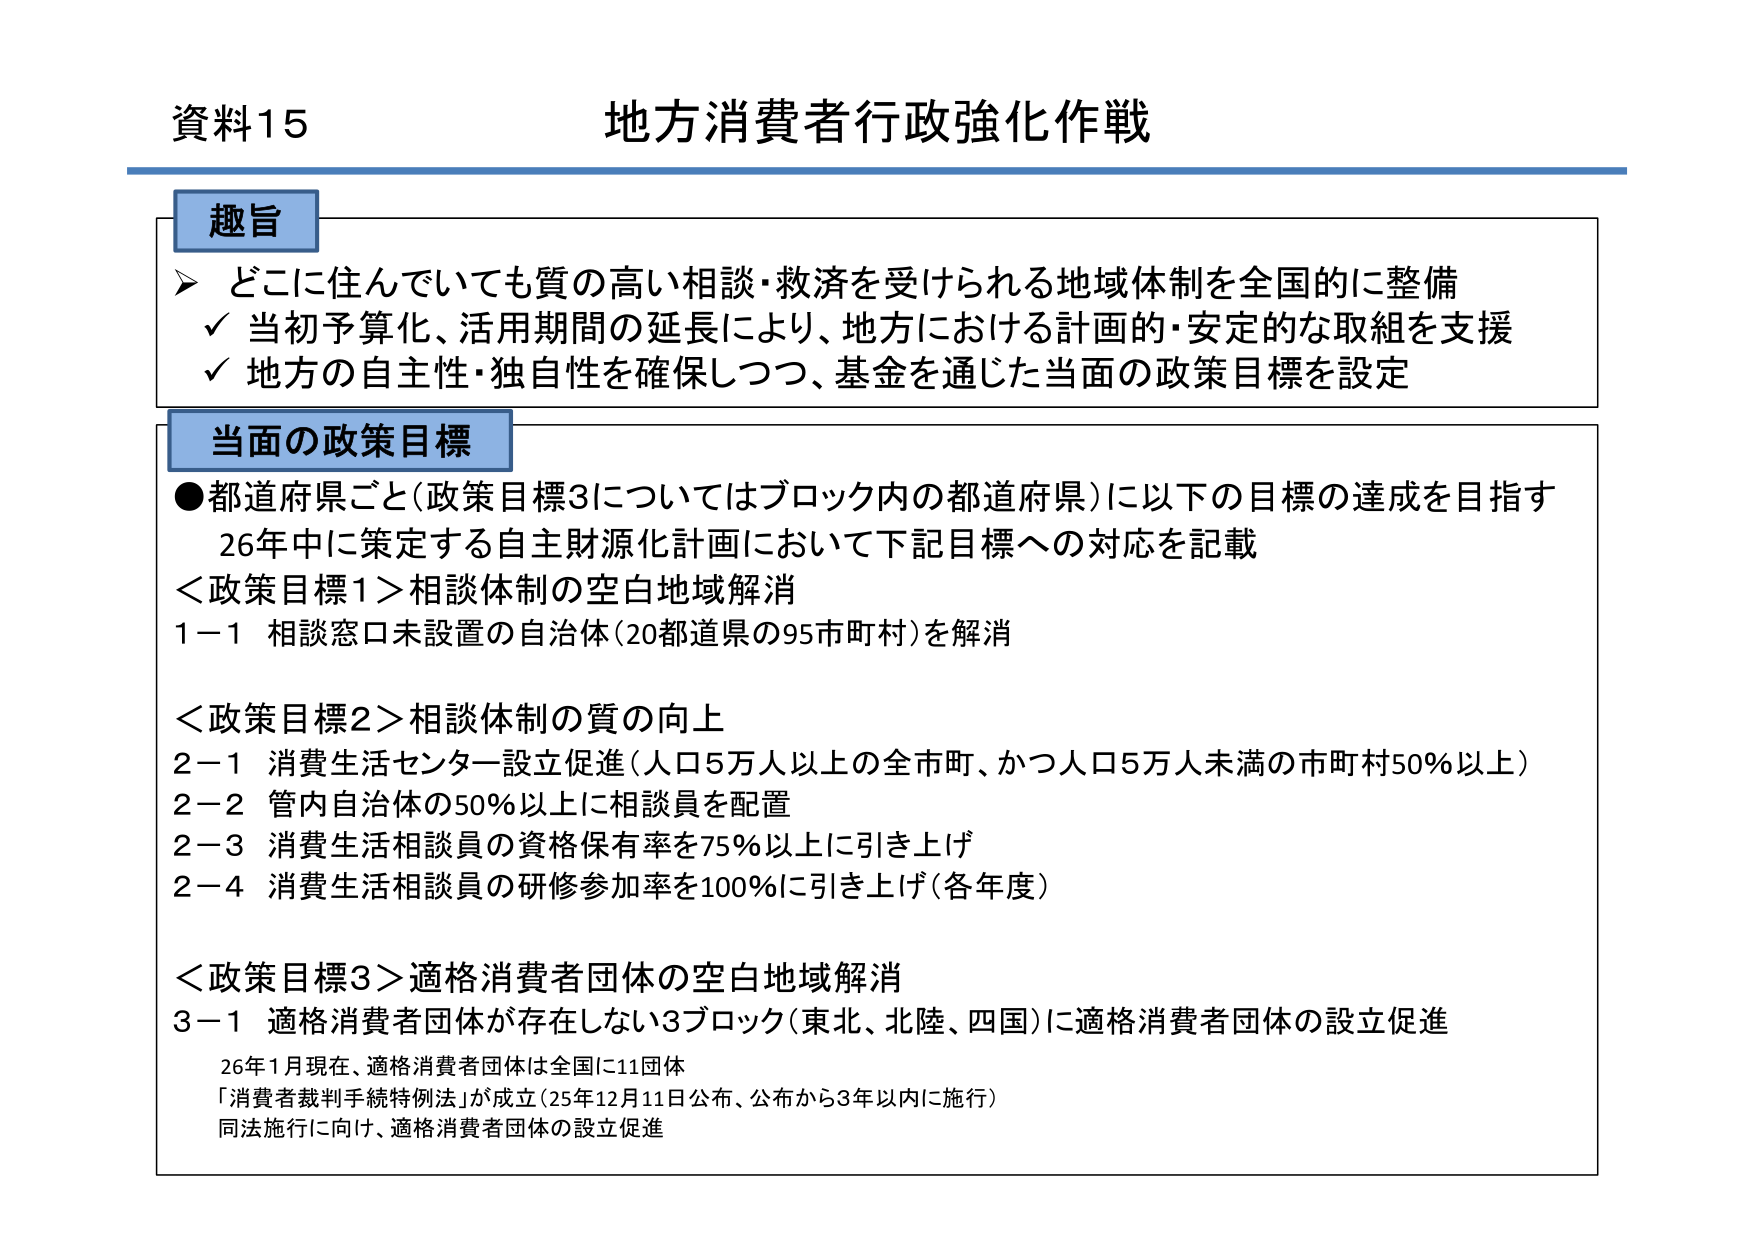
資料15 地方消費者行政強化作戦

趣旨
➤ どこに住んでいても質の高い相談・救済を受けられる地域体制を全国的に整備
✓ 当初予算化、活用期間の延長により、地方における計画的・安定的な取組を支援
✓ 地方の自主性・独自性を確保しつつ、基金を通じた当面の政策目標を設定

当面の政策目標
●都道府県ごと（政策目標3についてはブロック内の都道府県）に以下の目標の達成を目指す
　26年中に策定する自主財源化計画において下記目標への対応を記載

＜政策目標1＞相談体制の空白地域解消
1－1 相談窓口未設置の自治体（20都道県の95市町村）を解消

＜政策目標2＞相談体制の質の向上
2－1 消費生活センター設立促進（人口5万人以上の全市町、かつ人口5万人未満の市町村50％以上）
2－2 管内自治体の50％以上に相談員を配置
2－3 消費生活相談員の資格保有率を75％以上に引き上げ
2－4 消費生活相談員の研修参加率を100％に引き上げ（各年度）

＜政策目標3＞適格消費者団体の空白地域解消
3－1 適格消費者団体が存在しない3ブロック（東北、北陸、四国）に適格消費者団体の設立促進
　　26年1月現在、適格消費者団体は全国に11団体
　　「消費者裁判手続特例法」が成立（25年12月11日公布、公布から3年以内に施行）
　　同法施行に向け、適格消費者団体の設立促進